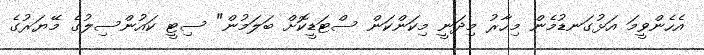
އެހެންވީމަ އަޅުގަނޑުމެން މިހާރު މިދަނީ މިކަންކަން ސްޓަޑީކޮށް ބަލަމުން" ސިޓީ ކައުންސިލުގެ މޭޔަރުގެ